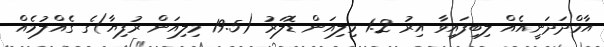
އާމްދަދަނީއެއް ލިބިފައިވާ އިރު 1.2 މިލިއަން ޑޮލަރު (19.5 މިލިއަން ރުފިޔާ)ގެ ގެއްލުމެއް